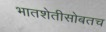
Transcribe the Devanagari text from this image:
भातशेतीसोबतच